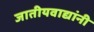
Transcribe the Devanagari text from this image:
जातीयवाद्यांनी